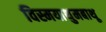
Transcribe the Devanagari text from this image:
विस्मयाथुमबाथू